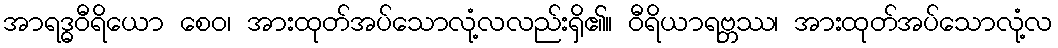
အာရဒ္ဓဝီရိယော စေဝ၊ အားထုတ်အပ်သောလုံ့လလည်းရှိ၏။ ဝီရိယာရဗ္ဘဿ၊ အားထုတ်အပ်သောလုံ့လ